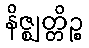
နိဇ္ဈတ္တိဉ္စ